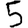
Digit: 5